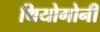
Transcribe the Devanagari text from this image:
थियोगोनी